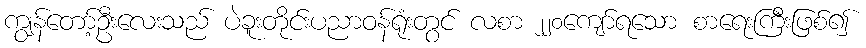
ကျွန်တော့်ဦးလေးသည် ပဲခူးတိုင်းပညာဝန်ရုံးတွင် လစာ ၂၂၀ကျော်ရသော စာရေးကြီးဖြစ်၍